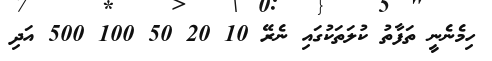
ހިމެނެނީ ތަފާތު ކުލަތަކުގައި ނެރޭ 10 20 50 100 500 އަދި